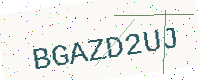
Text: BGAZD2UJ